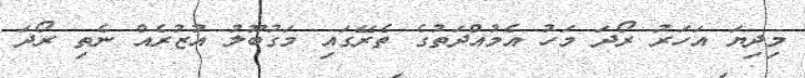
މިދިޔަ އަހަރު ރޯދަ މަހު އެމުއްދަތުގެ ތެރޭގައި މަގުބޫލު އުޒުރެއް ނެތި ރޯދަ